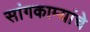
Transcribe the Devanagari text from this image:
सांगकाम्यांचे